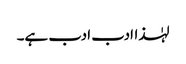
لہٰذاادب ادب ہے۔